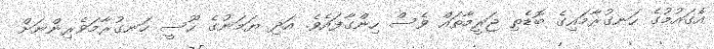
އެގައުމުގެ ހަނގުރާމައިގެ ބޮޑެތި ޖަރީމާތައް ވެސް ހިންގާފައެވެ. އަދި ޔަމަނުގެ ހޫސީ ހަނގުރާމަވެރިންނަށް